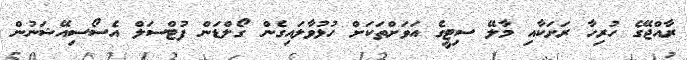
ރާއްޖޭގެ ހުރިހާ ރަށަކާއި މާލޭ ސިޓީގެ އަވަށްތަކަށް ހުޅުވާލައިގެން ގޯލްޑަން ފުޓްސަލް އެސޯސިއޭޝަނުން